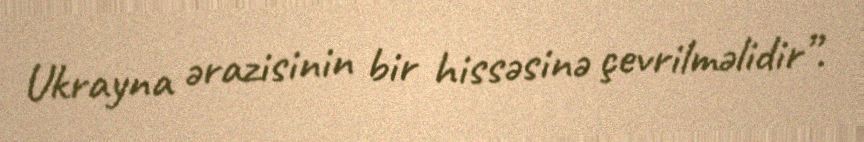
Ukrayna ərazisinin bir hissəsinə çevrilməlidir”.